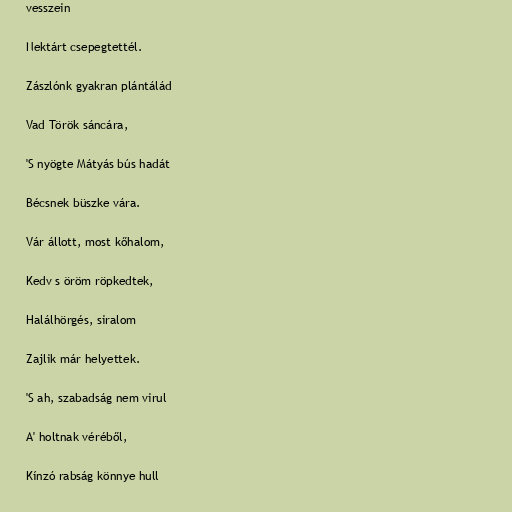
vesszein

Nektárt csepegtettél.

Zászlónk gyakran plántálád

Vad Török sáncára,

'S nyögte Mátyás bús hadát

Bécsnek büszke vára.

Vár állott, most kőhalom,

Kedv s öröm röpkedtek,

Halálhörgés, siralom

Zajlik már helyettek.

'S ah, szabadság nem virul

A' holtnak véréből,

Kínzó rabság könnye hull